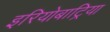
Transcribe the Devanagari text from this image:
इरियोबाट्रिया